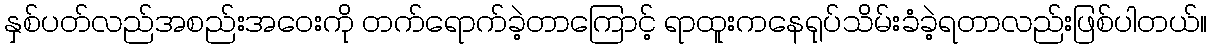
နှစ်ပတ်လည်အစည်းအဝေးကို တက်ရောက်ခဲ့တာကြောင့် ရာထူးကနေရုပ်သိမ်းခံခဲ့ရတာလည်းဖြစ်ပါတယ်။